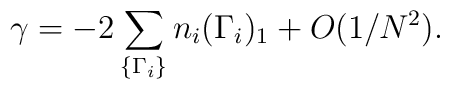
\gamma = -2 \sum_{\{\Gamma_i\}} n_i (\Gamma_i)_1+O(1/N^{2}).